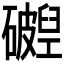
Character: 𬒧